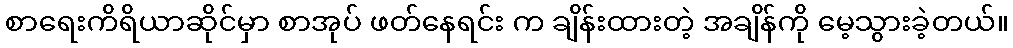
စာရေးကိရိယာဆိုင်မှာ စာအုပ် ဖတ်နေရင်း က ချိန်းထားတဲ့ အချိန်ကို မေ့သွားခဲ့တယ်။